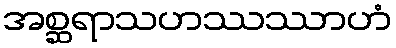
အစ္ဆရာသဟဿဿာဟံ